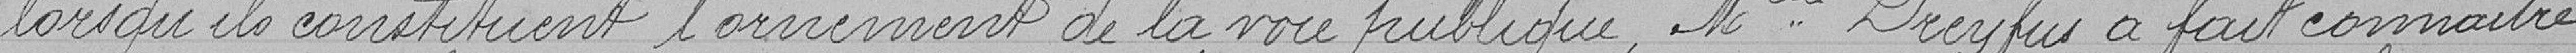
lorsqu'ils constituent l'ornement de la voie publique , Mlle Dreyfus a fait connaitre